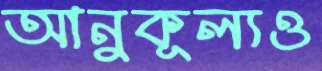
আনুকূল্যও